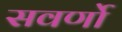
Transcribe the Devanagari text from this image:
सवर्णो